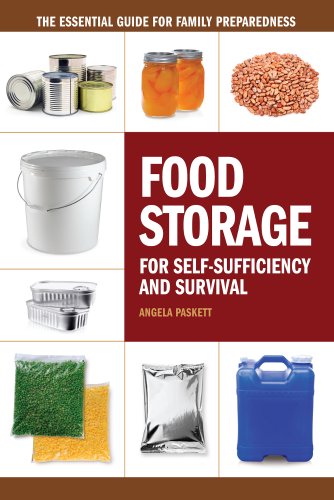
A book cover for Food Storage for Self-Sufficiency and Survival: The Essential Guide for Family Preparedness; Angela Paskett; Cookbooks, Food & Wine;